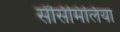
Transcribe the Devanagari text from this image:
सेंसिमिलिया